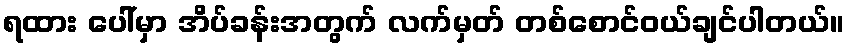
ရထား ပေါ်မှာ အိပ်ခန်းအတွက် လက်မှတ် တစ်စောင်ဝယ်ချင်ပါတယ်။